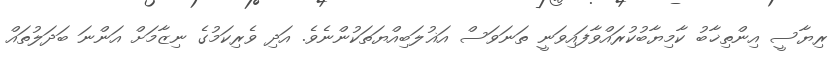
ރިޔާސީ އިންތިޚާބު ކާމިޔާބުކުރައްވާފައިވަނީ ތަނަވަސް އަޣުލަބިއްޔަތަކުންނެވެ. އަދި ވެރިކަމުގެ ނިޒާމަށް އަންނަ ބަދަލުތައް